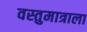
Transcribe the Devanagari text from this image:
वस्तुमात्राला